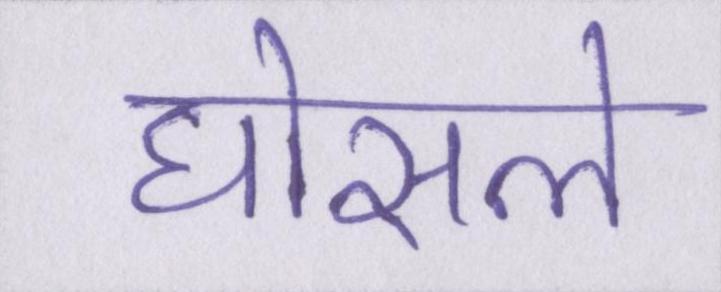
घोसले